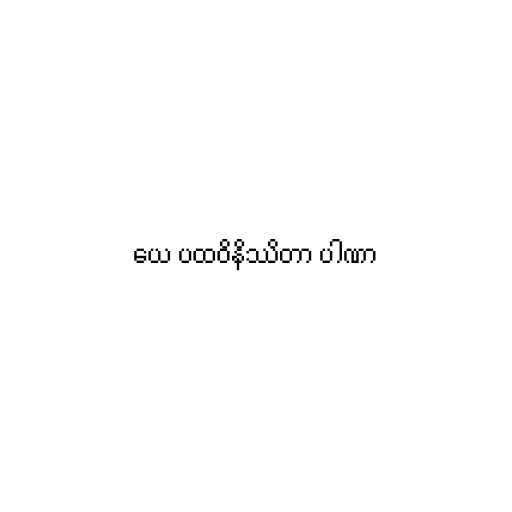
ယေ ပထဝိနိဿိတာ ပါဏာ